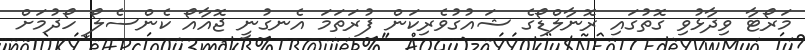
މަރޯޓާ ވިދާޅުވި ގޮތުގައި ރޮނާލްޑޯގެ ޝައުގުވެރިކަން ފުރަތަމަ އެނގުނީ ޖޮއާއޯ ކެންސެލޯ ހޯދުމަށް